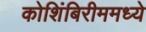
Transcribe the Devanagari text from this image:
कोशिंबिरीममध्ये